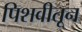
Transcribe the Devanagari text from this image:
पिशवीतून